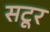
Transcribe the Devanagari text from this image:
सटूर